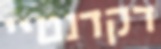
דקדנטיי